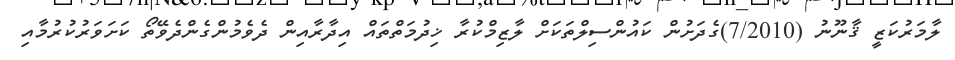
ލާމަރުކަޒީ ޤާނޫނު (7/2010)ގެދަށުން ކައުންސިލްތަކަށް ލާޒިމްކުރާ ޚިދުމަތްތައް އިދާރާއިން ދެވެމުންގެންދެވޭތޯ ކަށަވަރުކުރުމާއި